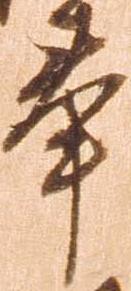
奉